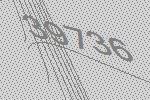
39736